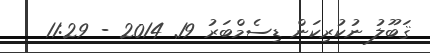
ޤަބޫލު ނުކުރިކަން ޑިސެމްބަރު 19